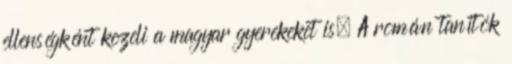
ellenségként kezeli a magyar gyerekeket is. A román tanítók